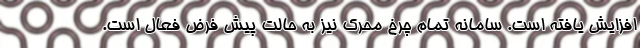
افزایش یافته است. سامانه تمام چرخ محرک نیز به حالت پیش فرض فعال است.